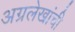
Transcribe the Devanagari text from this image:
अग्रलेखांची